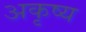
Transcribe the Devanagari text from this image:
अकृष्य